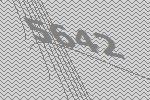
5642